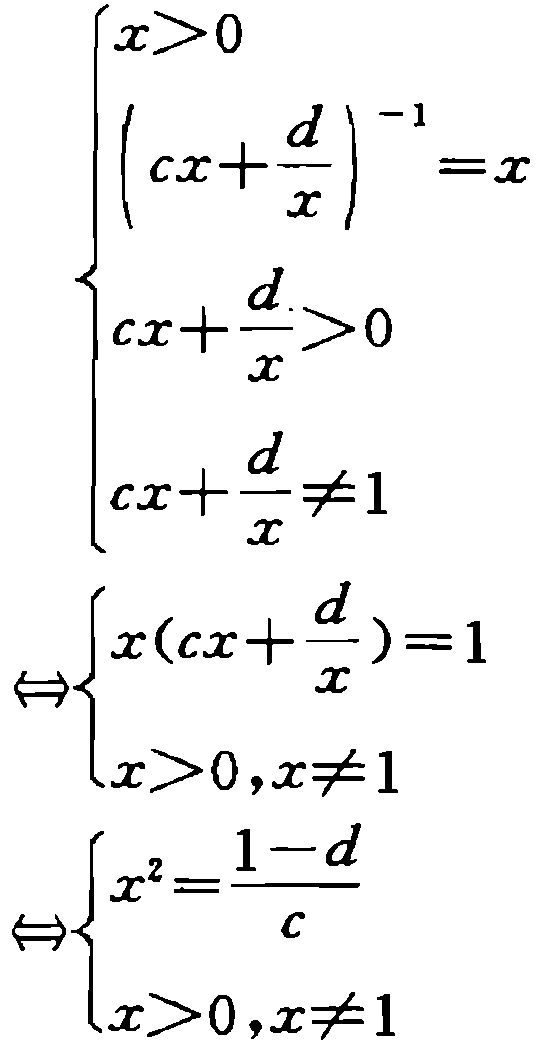
\[\begin{cases}

x>0 \\

\left(cx+\frac{d}{x}\right)^{-1}=x \\

cx+\frac{d}{x}>0 \\

cx+\frac{d}{x}\neq1

\end{cases}

\Leftrightarrow

\begin{cases}

x\left(cx+\frac{d}{x}\right)=1 \\

x>0,x\neq1

\end{cases}

\Leftrightarrow

\begin{cases}

x^{2}=\frac{1 - d}{c} \\

x>0,x\neq1

\end{cases}\]